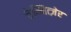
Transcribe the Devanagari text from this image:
चेम्नित्ज़ेर